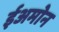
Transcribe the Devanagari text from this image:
ईअमोन